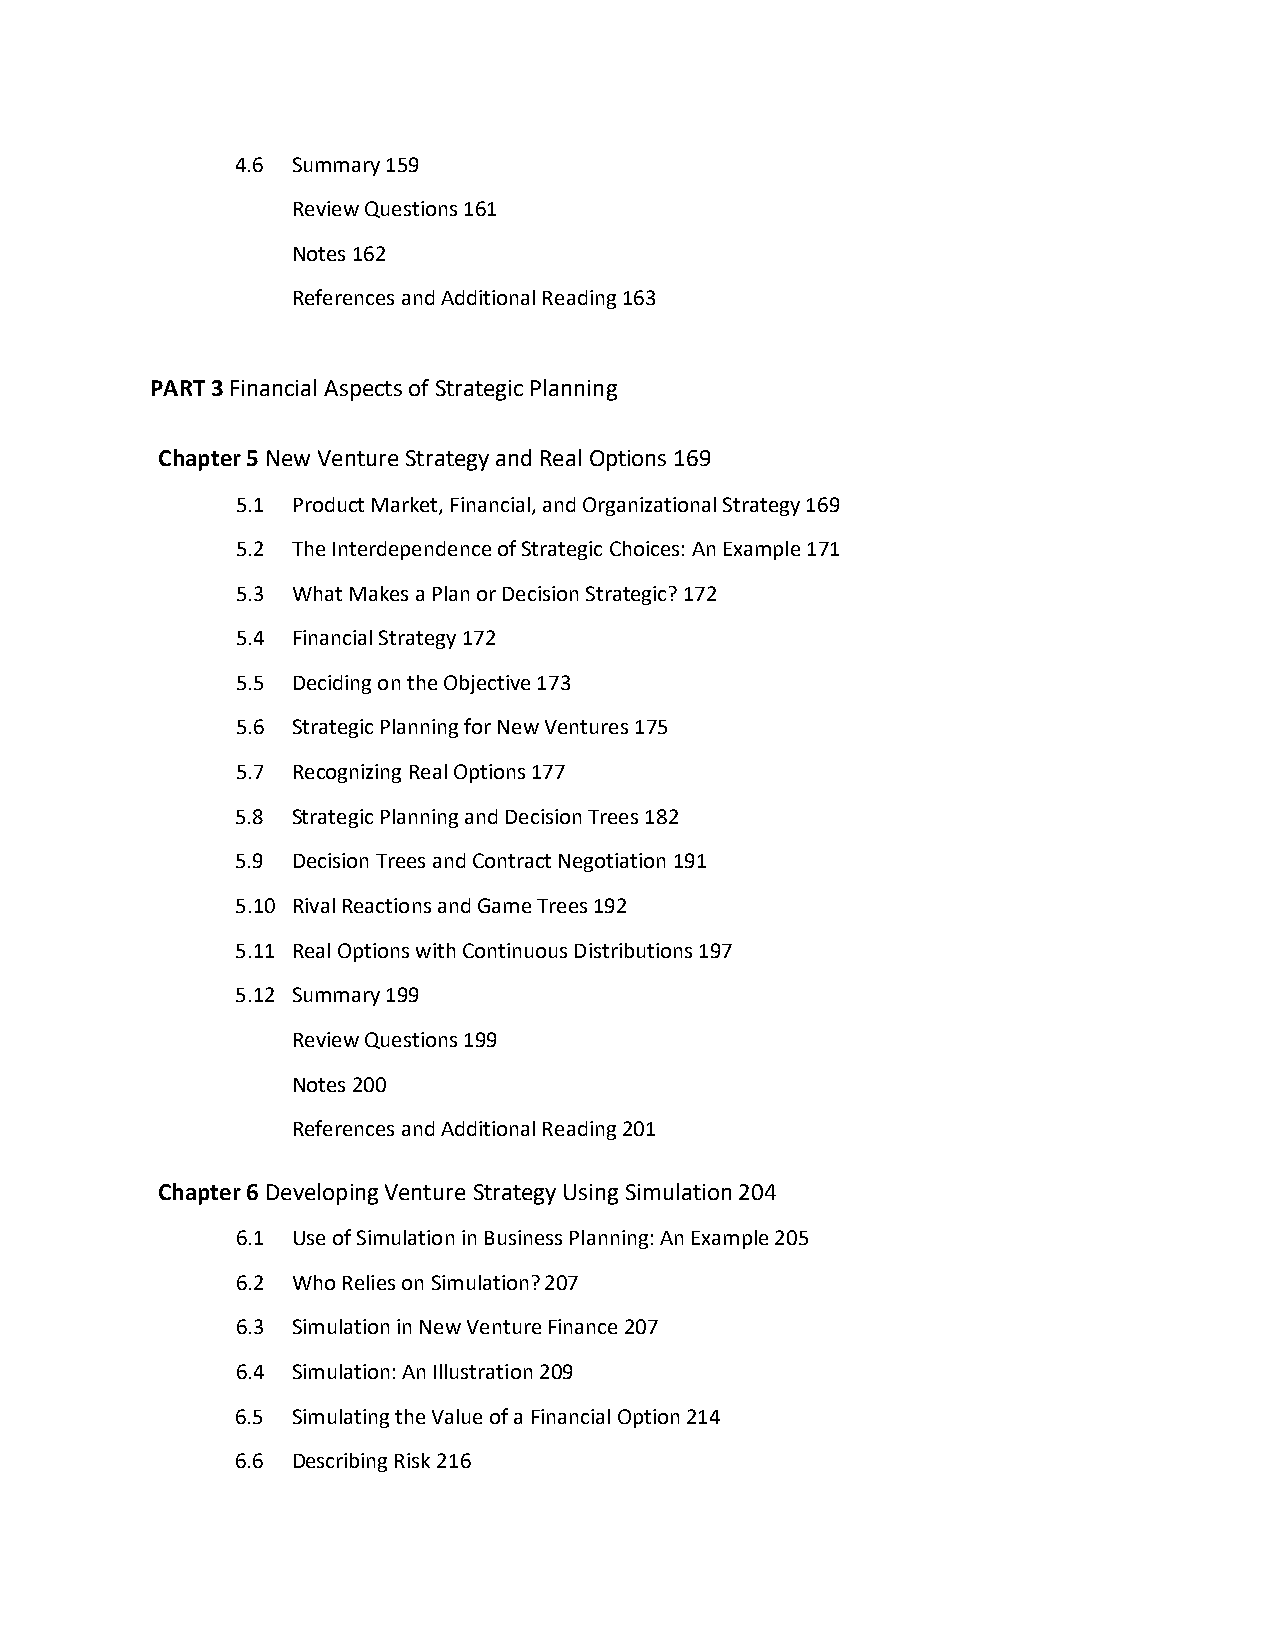
4.6 Summary 159
 Review Questions 161
 Notes 162
 References and Additional Reading 163
 PART 3 Financial Aspects of Strategic Planning
 Chapter 5 New Venture Strategy and Real Options 169
 5.1 Product Market, Financial, and Organizational Strategy 169
 5.2 The Interdependence of Strategic Choices: An Example 171
 5.3 What Makes a Plan or Decision Strategic? 172
 5.4 Financial Strategy 172
 5.5 Deciding on the Objective 173
 5.6 Strategic Planning for New Ventures 175
 5.7 Recognizing Real Options 177
 5.8 Strategic Planning and Decision Trees 182
 5.9 Decision Trees and Contract Negotiation 191
 5.10 Rival Reactions and Game Trees 192
 5.11 Real Options with Continuous Distributions 197
 5.12 Summary 199
 Review Questions 199
 Notes 200
 References and Additional Reading 201
 Chapter 6 Developing Venture Strategy Using Simulation 204
 6.1 Use of Simulation in Business Planning: An Example 205
 6.2 Who Relies on Simulation? 207
 6.3 Simulation in New Venture Finance 207
 6.4 Simulation: An Illustration 209
 6.5 Simulating the Value of a Financial Option 214
 6.6 Describing Risk 216